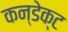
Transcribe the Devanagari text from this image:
कन्डेक्ट